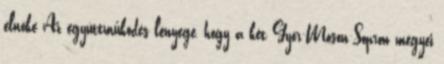
elnöke Az együttműködés lényege, hogy a két Györ-Moson-Sopron megyei